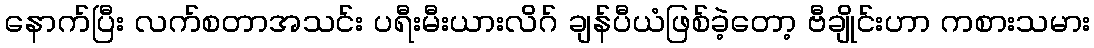
နောက်ပြီး လက်စတာအသင်း ပရီးမီးယားလိဂ် ချန်ပီယံဖြစ်ခဲ့တော့ ဗီချိုင်းဟာ ကစားသမား